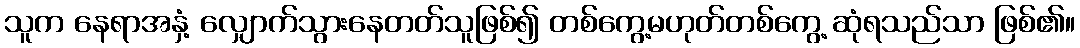
သူက နေရာအနှံ့ လျှောက်သွားနေတတ်သူဖြစ်၍ တစ်ကွေ့မဟုတ်တစ်ကွေ့ ဆုံရသည်သာ ဖြစ်၏။